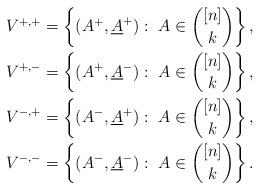
LaTeX: \begin{align*}V^{+,+} &= \left\{ (A^+,\underline{A}^+) :\ A\in \binom{[n]}{k} \right\},\\V^{+,-} &= \left\{ (A^+,\underline{A}^-) :\ A\in \binom{[n]}{k} \right\},\\V^{-,+} &= \left\{ (A^-,\underline{A}^+) :\ A\in \binom{[n]}{k} \right\},\\V^{-,-} &= \left\{ (A^-,\underline{A}^-) :\ A\in \binom{[n]}{k} \right\}.\end{align*}